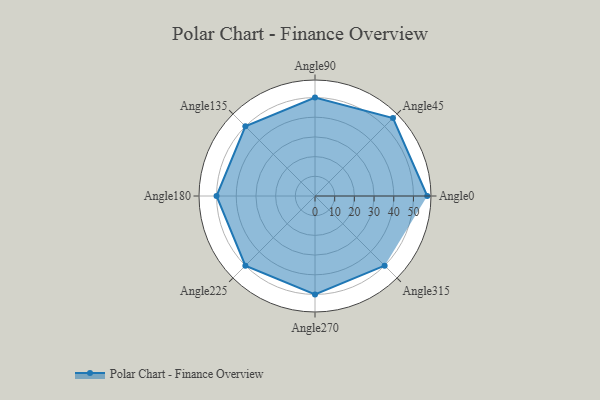
{"axis": {"x": "Angle", "y": "Radius"}, "legend": [""], "data": [{"x": "Angle0", "y": 57.0, "type": ""}, {"x": "Angle45", "y": 56.0, "type": ""}, {"x": "Angle90", "y": 50, "type": ""}, {"x": "Angle135", "y": 50, "type": ""}, {"x": "Angle180", "y": 50, "type": ""}, {"x": "Angle225", "y": 50, "type": ""}, {"x": "Angle270", "y": 50, "type": ""}, {"x": "Angle315", "y": 50, "type": ""}]}